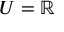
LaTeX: U = \mathbb { R }